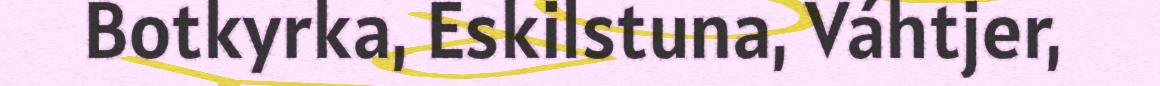
Botkyrka, Eskilstuna, Váhtjer,